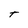
Character: t